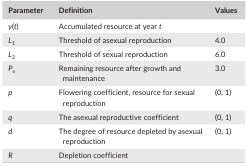
| Parameter | Definition | Values |
 | --- | --- | --- |
 | y(t) | Accumulated resource at year t |  |
 | L1 | Threshold of asexual reproduction | 4.0 |
 | L2 | Threshold of sexual reproduction | 6.0 |
 | Ps | Remaining resource after growth and maintenance | 3.0 |
 | p | Flowering coefficient, resource for sexual reproduction | (0, 1) |
 | q | The asexual reproductive coefficient | (0, 1) |
 | d | The degree of resource depleted by asexual reproduction | (0, 1) |
 | R | Depletion coefficient |  |